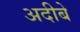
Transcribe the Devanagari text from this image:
अदीबे